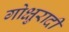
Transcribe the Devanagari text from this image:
गोक्षुरादी